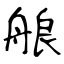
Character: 艆